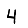
Digit: 4